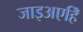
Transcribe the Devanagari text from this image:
जाइअएहिँ